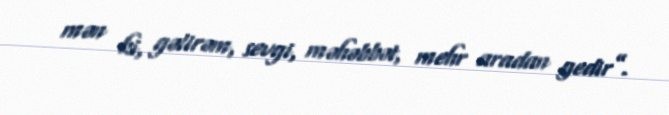
mən ki, gəlirəm, sevgi, məhəbbət, mehr aradan gedir”.